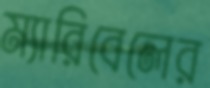
ম্যারিবেলের